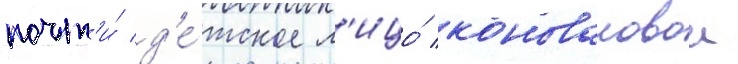
почт'и́ д'е́тское л'ицо́ коноваловои